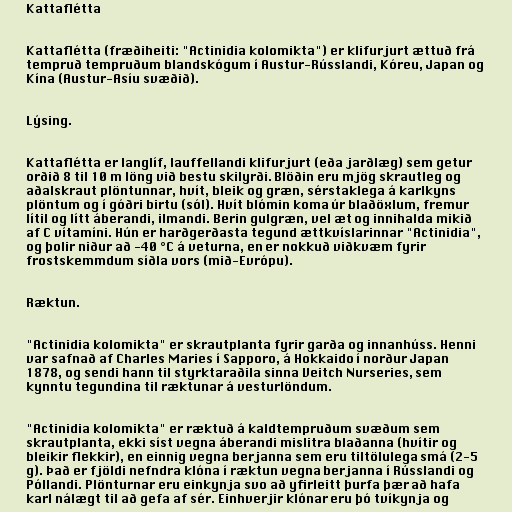
Kattaflétta

Kattaflétta (fræðiheiti: "Actinidia kolomikta") er klifurjurt ættuð frá
tempruð tempruðum blandskógum í Austur-Rússlandi, Kóreu, Japan og
Kína (Austur-Asíu svæðið).

Lýsing.

Kattaflétta er langlíf, lauffellandi klifurjurt (eða jarðlæg) sem getur
orðið 8 til 10 m löng við bestu skilyrði. Blöðin eru mjög skrautleg og
aðalskraut plöntunnar, hvít, bleik og græn, sérstaklega á karlkyns
plöntum og í góðri birtu (sól). Hvít blómin koma úr blaðöxlum, fremur
lítil og lítt áberandi, ilmandi. Berin gulgræn, vel æt og innihalda mikið
af C vítamíni. Hún er harðgerðasta tegund ættkvíslarinnar "Actinidia",
og þolir niður að -40 °C á veturna, en er nokkuð viðkvæm fyrir
frostskemmdum síðla vors (mið-Evrópu).

Ræktun.

"Actinidia kolomikta" er skrautplanta fyrir garða og innanhúss. Henni
var safnað af Charles Maries í Sapporo, á Hokkaido í norður Japan
1878, og sendi hann til styrktaraðila sinna Veitch Nurseries, sem
kynntu tegundina til ræktunar á vesturlöndum.

"Actinidia kolomikta" er ræktuð á kaldtempruðum svæðum sem
skrautplanta, ekki síst vegna áberandi mislitra blaðanna (hvítir og
bleikir flekkir), en einnig vegna berjanna sem eru tiltölulega smá (2-5
g). Það er fjöldi nefndra klóna í ræktun vegna berjanna í Rússlandi og
Póllandi. Plönturnar eru einkynja svo að yfirleitt þurfa þær að hafa
karl nálægt til að gefa af sér. Einhverjir klónar eru þó tvíkynja og